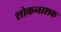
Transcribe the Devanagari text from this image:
शोकनाशक